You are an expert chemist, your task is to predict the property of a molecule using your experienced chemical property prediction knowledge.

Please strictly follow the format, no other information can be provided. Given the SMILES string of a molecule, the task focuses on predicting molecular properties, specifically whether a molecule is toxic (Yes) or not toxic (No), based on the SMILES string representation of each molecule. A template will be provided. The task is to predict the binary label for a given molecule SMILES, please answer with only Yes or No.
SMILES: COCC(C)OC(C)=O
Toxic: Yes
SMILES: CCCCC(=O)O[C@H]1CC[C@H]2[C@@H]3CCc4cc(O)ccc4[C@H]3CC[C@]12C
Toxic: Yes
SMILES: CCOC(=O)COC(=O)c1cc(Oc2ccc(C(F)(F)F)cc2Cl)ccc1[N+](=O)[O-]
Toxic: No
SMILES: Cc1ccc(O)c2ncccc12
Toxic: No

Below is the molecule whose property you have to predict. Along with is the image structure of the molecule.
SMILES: CC(C)Nc1nc(N)nc(Cl)n1
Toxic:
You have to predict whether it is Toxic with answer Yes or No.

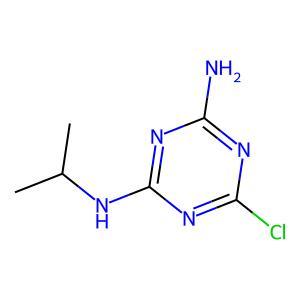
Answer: No